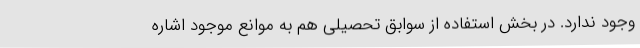
وجود ندارد. در بخش استفاده از سوابق تحصیلی هم به موانع موجود اشاره